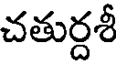
చతుర్దశీ